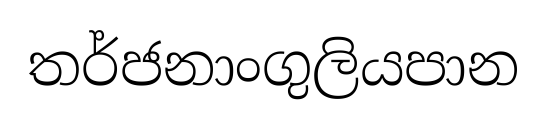
තර්ජනාංගුලියපාන